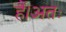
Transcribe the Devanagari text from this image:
हैं।अतः